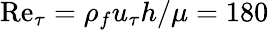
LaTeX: \mathrm{Re}_{\tau}=\rho_{f}u_{\tau}h/\mu=180